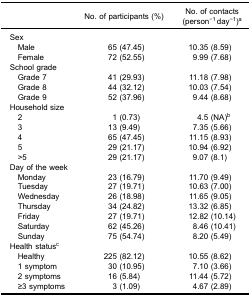
<table><thead><tr><td><b> </b></td><td><b>No. of participants (%)</b></td><td><b>No. of contacts(person<sup>−1</sup> day<sup>−1</sup>)<sup>a</sup></b></td></tr></thead><tbody><tr><td colspan="3">Sex</td></tr><tr><td> Male</td><td>65 (47.45)</td><td>10.35 (8.59)</td></tr><tr><td> Female</td><td>72 (52.55)</td><td>9.99 (7.68)</td></tr><tr><td colspan="3">School grade</td></tr><tr><td> Grade 7</td><td>41 (29.93)</td><td>11.18 (7.98)</td></tr><tr><td> Grade 8</td><td>44 (32.12)</td><td>10.03 (7.54)</td></tr><tr><td> Grade 9</td><td>52 (37.96)</td><td>9.44 (8.68)</td></tr><tr><td colspan="3">Household size</td></tr><tr><td> 2</td><td>1 (0.73)</td><td>4.5 (NA)<sup>b</sup></td></tr><tr><td> 3</td><td>13 (9.49)</td><td>7.35 (5.66)</td></tr><tr><td> 4</td><td>65 (47.45)</td><td>11.15 (8.93)</td></tr><tr><td> 5</td><td>29 (21.17)</td><td>10.94 (6.92)</td></tr><tr><td> &gt;5</td><td>29 (21.17)</td><td>9.07 (8.1)</td></tr><tr><td colspan="3">Day of the week</td></tr><tr><td> Monday</td><td>23 (16.79)</td><td>11.70 (9.49)</td></tr><tr><td> Tuesday</td><td>27 (19.71)</td><td>10.63 (7.00)</td></tr><tr><td> Wednesday</td><td>26 (18.98)</td><td>11.65 (9.05)</td></tr><tr><td> Thursday</td><td>34 (24.82)</td><td>13.32 (6.85)</td></tr><tr><td> Friday</td><td>27 (19.71)</td><td>12.82 (10.14)</td></tr><tr><td> Saturday</td><td>62 (45.26)</td><td>8.46 (10.41)</td></tr><tr><td> Sunday</td><td>75 (54.74)</td><td>8.20 (5.49)</td></tr><tr><td colspan="3">Health status<sup>c</sup></td></tr><tr><td> Healthy</td><td>225 (82.12)</td><td>10.55 (8.62)</td></tr><tr><td> 1 symptom</td><td>30 (10.95)</td><td>7.10 (3.66)</td></tr><tr><td> 2 symptoms</td><td>16 (5.84)</td><td>11.44 (5.72)</td></tr><tr><td> ≥3 symptoms</td><td>3 (1.09)</td><td>4.67 (2.89)</td></tr></tbody></table>